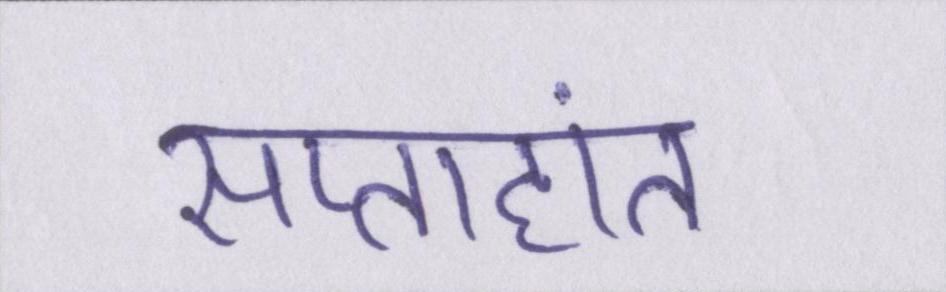
सप्ताहांत